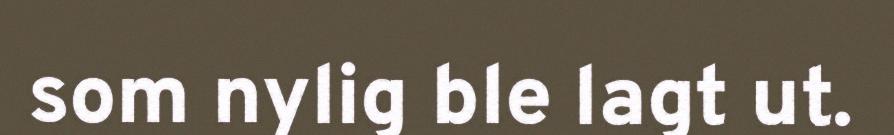
som nylig ble lagt ut.